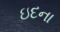
ઇદના